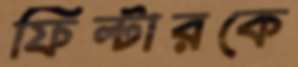
ফিল্টারকে